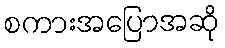
စကားအပြောအဆို